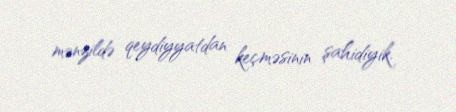
mənzildə qeydiyyatdan keçməsinin şahidiyik.